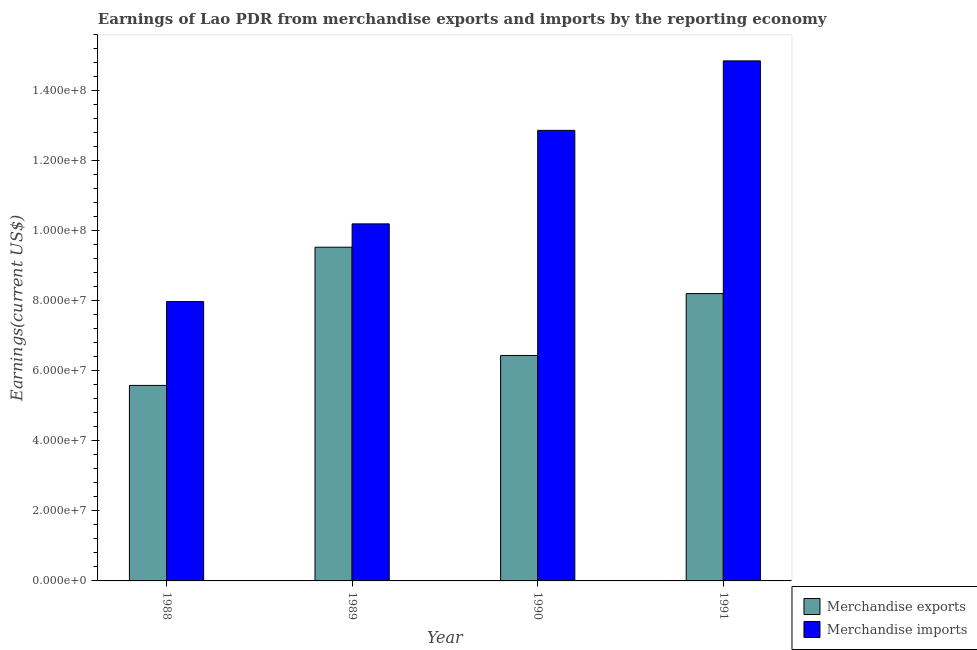
| Year | Merchandise exports | Merchandise imports |
 | --- | --- | --- |
 | 1988 | 5.59e+07 | 7.98e+07 |
 | 1989 | 9.54e+07 | 1.02e+08 |
 | 1990 | 6.44e+07 | 1.29e+08 |
 | 1991 | 8.21e+07 | 1.49e+08 |